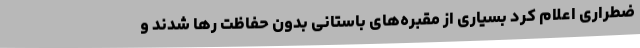
ضطراری اعلام کرد بسیاری از مقبره‌های باستانی بدون حفاظت رها شدند و